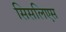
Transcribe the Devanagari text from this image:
सिसलिएस